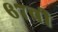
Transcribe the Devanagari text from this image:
६७वी